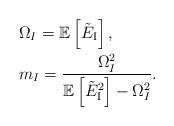
LaTeX: \begin{align*}&{\Omega _I} = \mathbb{E}\left[ {{{\tilde E}_{\rm{I}}}} \right],\\&{m_I} = \frac{{\Omega _I^2}}{{\mathbb{E}\left[ {{{\tilde E}_{\rm{I}}}^2} \right] - \Omega _I^2}}.\end{align*}